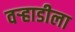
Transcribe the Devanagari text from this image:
वर्‍हाडीला